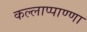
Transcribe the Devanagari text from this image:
कल्लाप्पाण्णा